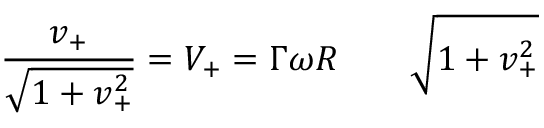
\frac { v _ { + } } { \sqrt { 1 + v _ { + } ^ { 2 } } } = V _ { + } = \Gamma \omega R \qquad \sqrt { 1 + v _ { + } ^ { 2 } }